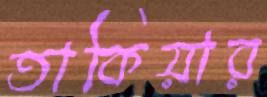
তাকিয়ার